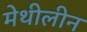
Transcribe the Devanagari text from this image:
मेथीलीन